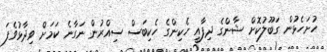
ހުށަހެޅުން ގަބޫލުކޮށް ޝާންގެ ދިފާއީ ހެކިންގެ ހެކިބަސް ސިއްރުން ނަގާނެ ކަމަށް ވިދާޅުވެފަ